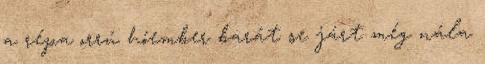
a répa orrú hóember barát se járt még nála